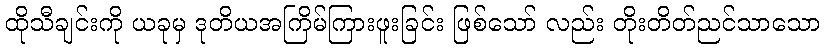
ထိုသီချင်းကို ယခုမှ ဒုတိယအကြိမ်ကြားဖူးခြင်း ဖြစ်သော် လည်း တိုးတိတ်ညင်သာသော